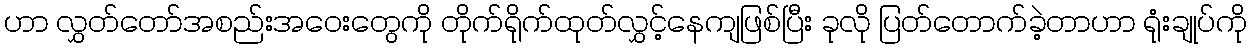
ဟာ လွှတ်တော်အစည်းအဝေးတွေကို တိုက်ရိုက်ထုတ်လွှင့်နေကျဖြစ်ပြီး ခုလို ပြတ်တောက်ခဲ့တာဟာ ရုံးချုပ်ကို